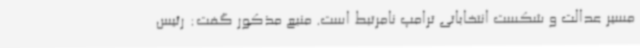
مسیر عدالت و شکست انتخاباتی ترامپ نامرتبط است. منبع مذکور گفت: رئیس